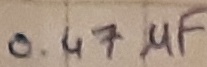
Text: 0.47µF